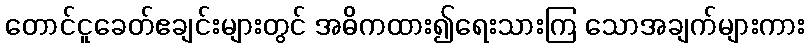
တောင်ငူခေတ်ဧချင်းများတွင် အဓိကထား၍ရေးသားကြ သောအချက်များကား